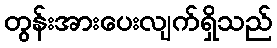
တွန်းအားပေးလျက်ရှိသည်